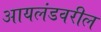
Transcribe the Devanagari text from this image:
आयलंडवरील